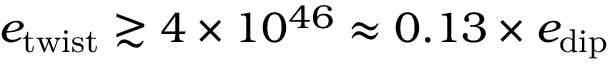
e _ { \mathrm { t w i s t } } \gtrsim 4 \times 1 0 ^ { 4 6 } \approx 0 . 1 3 \times e _ { \mathrm { d i p } }